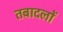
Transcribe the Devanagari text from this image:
तबादलों